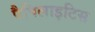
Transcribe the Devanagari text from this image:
पैपिलाइटिस